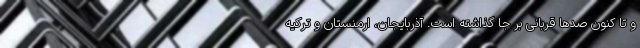
و تا کنون صدها قربانی بر جا گذاشته است. آذربایجان، ارمنستان و ترکیه